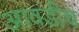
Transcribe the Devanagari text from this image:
आवडीच